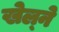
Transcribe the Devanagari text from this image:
खेल्ने